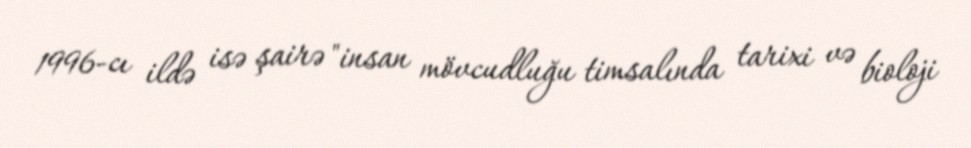
1996-cı ildə isə şairə "insan mövcudluğu timsalında tarixi və bioloji